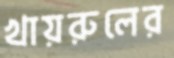
খায়রুলের